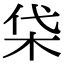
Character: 柋